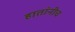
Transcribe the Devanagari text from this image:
हातांनीच